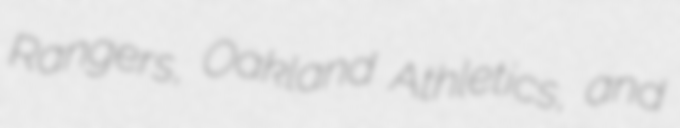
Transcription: Rangers, Oakland Athletics, and